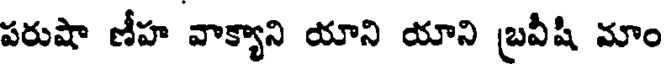
పరుషా ణీహ వాక్యాని యాని యాని బ్రవీషి మాం